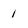
Character: 1